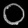
Digit: ၀